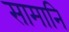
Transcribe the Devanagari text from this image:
सामानि